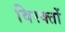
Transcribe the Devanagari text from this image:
विरक्तों